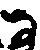
な